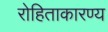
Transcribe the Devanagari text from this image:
रोहिताकारण्य